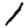
Digit: 1